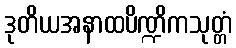
ဒုတိယအနာထပိဏ္ဍိကသုတ္တံ